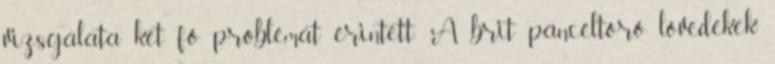
vizsgálata két fő problémát érintett: A brit páncéltörő lövedékek